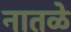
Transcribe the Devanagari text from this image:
नातळे